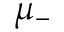
\mu _ { - }